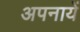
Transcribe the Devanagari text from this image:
अपनायें